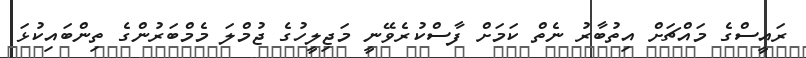
ރައީސްގެ މައްޗަށް އިތުބާރު ނެތް ކަމަށް ފާސްކުރެވޭނީ މަޖިލީހުގެ ޖުމްލަ މެމްބަރުންގެ ތިންބައިކުޅަ